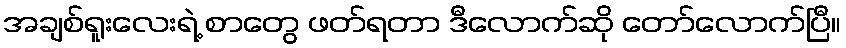
အချစ်ရူးလေးရဲ့ စာတွေ ဖတ်ရတာ ဒီလောက်ဆို တော်လောက်ပြီ။